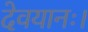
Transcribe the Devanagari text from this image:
देवयानः।